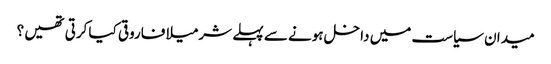
میدان سیاست میں داخل ہونے سے پہلے شرمیلا فاروقی کیا کرتی تھیں ؟